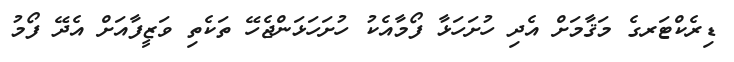
ޑިރެކްޓަރގެ މަޤާމަށް އެދި ހުށަހަޅާ ފޯމާއެކު ހުށަހަޅަންޖެހޭ ތަކެތި ވަޒީފާއަށް އެދޭ ފޯމު